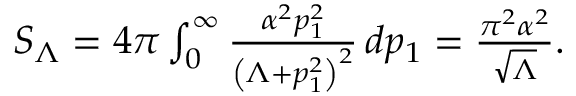
\begin{array} { r } { S _ { \Lambda } = 4 \pi \int _ { 0 } ^ { \infty } \frac { \alpha ^ { 2 } p _ { 1 } ^ { 2 } } { \left( \Lambda + p _ { 1 } ^ { 2 } \right) ^ { 2 } } \, d p _ { 1 } = \frac { \pi ^ { 2 } \alpha ^ { 2 } } { \sqrt { \Lambda } } . } \end{array}